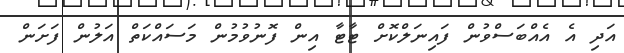
އަދި އެ އެއްބަސްވުން ފައިނަލްކޮށް ޓާޓާ އިން ފޮނުވުމުން މަސައްކަތް އަލުން ފަށަން